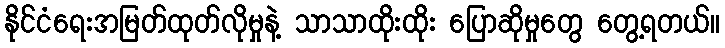
နိုင်ငံရေးအမြတ်ထုတ်လိုမှုနဲ့ သာသာထိုးထိုး ပြောဆိုမှုတွေ တွေ့ရတယ်။